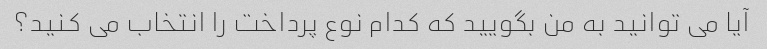
آیا می توانید به من بگویید که کدام نوع پرداخت را انتخاب می کنید؟